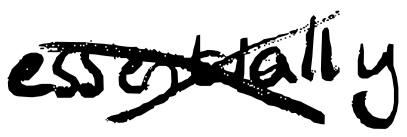
Text: essentially
Cross-out: cross
Writing tool: digital_black